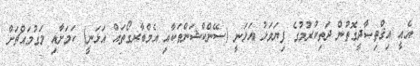
އެއީ އިޤްތިޞާދީގޮތުން ދަތިކުރުމުގެ ފިޔަވަޅު އަޅަނީ (ސޭންކްޝަންތަކާއި އެމްބާރގޯތައް އަޅަނީ) ކަމަށާއި މަގުމައްޗަށް